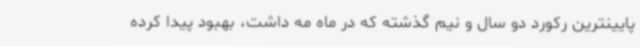
پایینترین رکورد دو سال و نیم گذشته که در ماه مه داشت، بهبود پیدا کرده